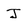
Character: J